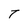
Character: T